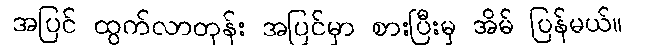
အပြင် ထွက်လာတုန်း အပြင်မှာ စားပြီးမှ အိမ် ပြန်မယ်။